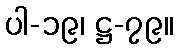
ပါ-၁၉၊ ဋ္ဌ-၇၉။